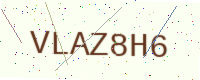
Text: VLAZ8H6